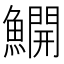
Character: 𫙸